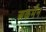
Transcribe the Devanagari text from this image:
अकर्मैन